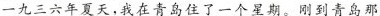
一九三六年夏天，我在青岛住了一个星期。刚到青岛那